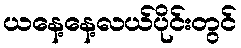
ယနေ့နေ့လယ်ပိုင်းတွင်